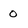
Character: 0